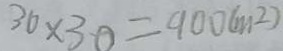
3 0 \times 3 0 = 9 0 0 ( m ^ { 2 } )